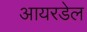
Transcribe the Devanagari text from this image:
आयरडेल